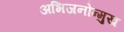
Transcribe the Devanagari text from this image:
अभिजनोन्मुख